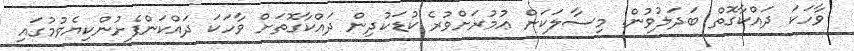
ވާހަކަ ދައްކާގޮތް ބަދަލުވުން. މިސާލަކަށް ޢުމުރަށްވުރެ ކުޑަކުދިން ދައްކާގޮތަށް ވާހަކަ ދައްކަންފެށުންކިޔެވުމުގައި